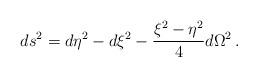
LaTeX: \begin{align*}ds^2=d\eta^2-d\xi^2-\frac{\xi^2-\eta^2}{4}d\Omega^2\,.\end{align*}